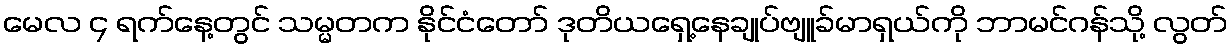
မေလ ၄ ရက်နေ့တွင် သမ္မတက နိုင်ငံတော် ဒုတိယရှေ့နေချုပ်ဗျူခ်မာရှယ်ကို ဘာမင်ဂန်သို့ လွတ်